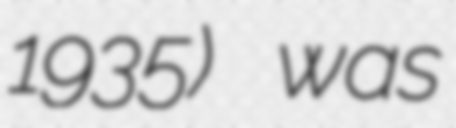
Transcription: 1935) was